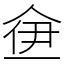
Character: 鿗